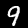
Digit: 9